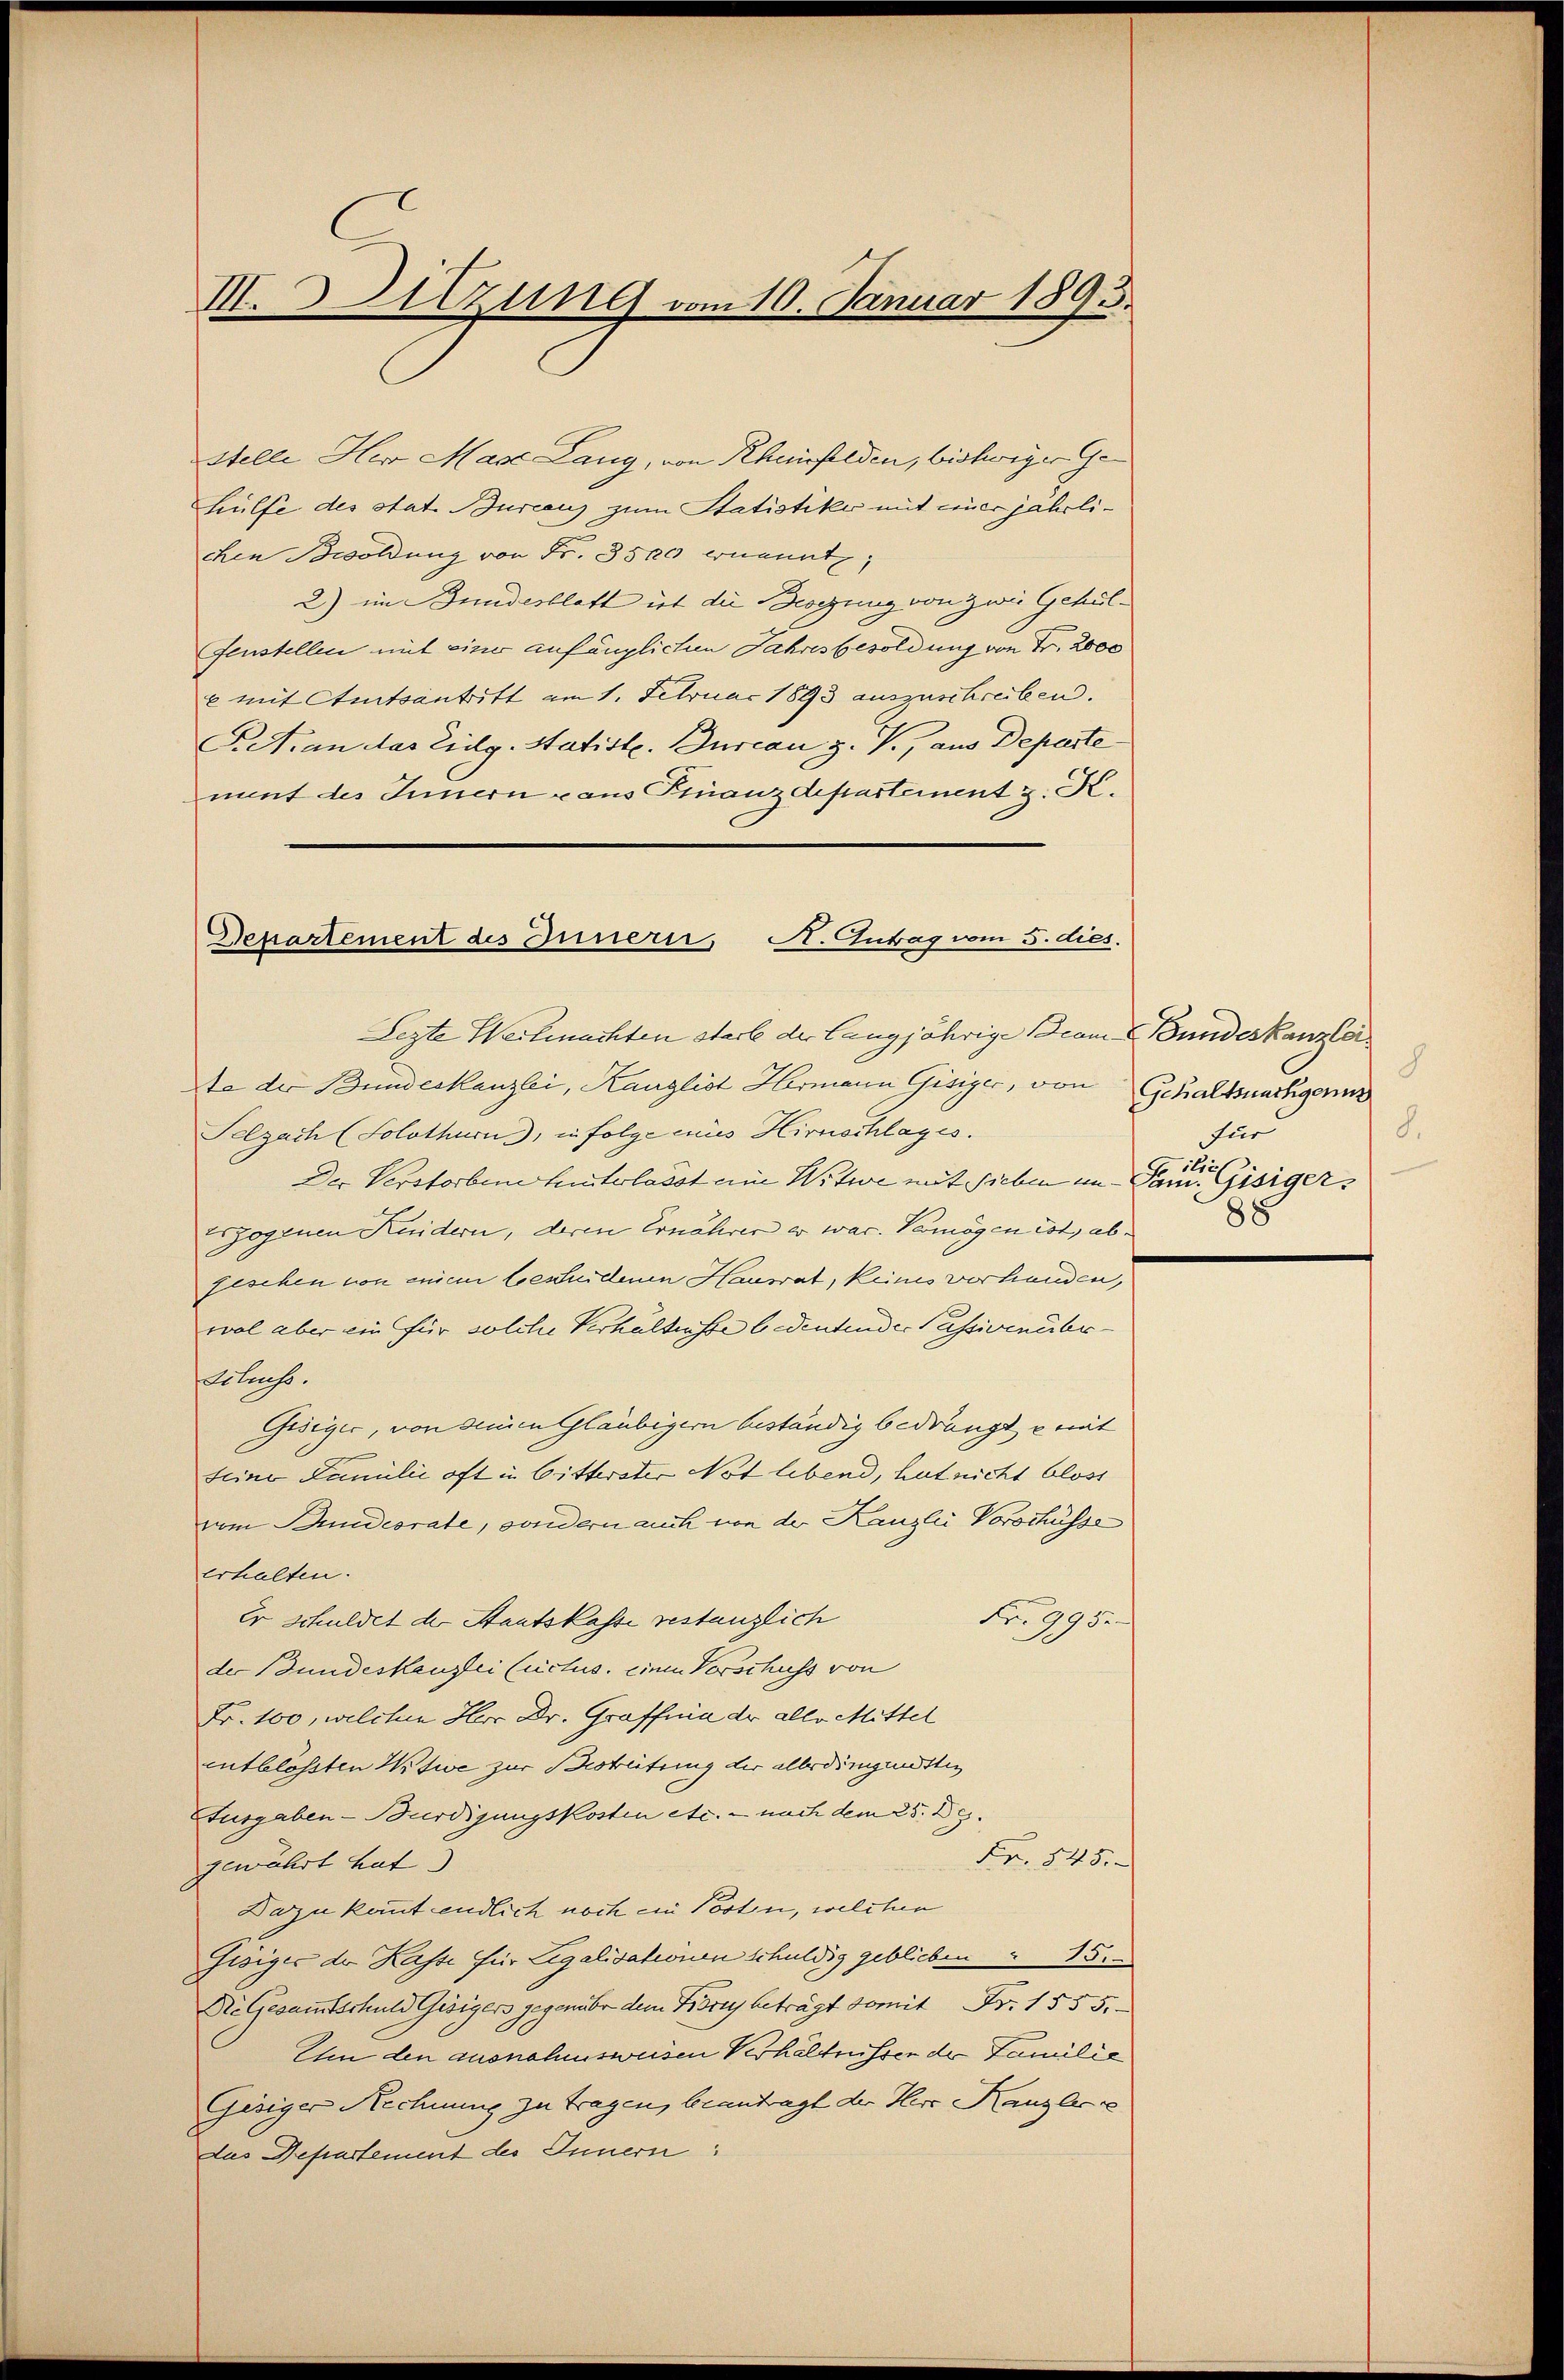
III. Sitzung vom 10. Januar 1893.

stelle Herr Mase Lang, von Rheinfelden, bisheriger Gehülfe des Stat. Bureaus zum Statistike mit einer jährlichen Besoldung von Fr. 3500 ernennt,
2) im Bundesblatt ist die Biegung von zwei Gehülfenstellen mit einer anfänglichen Jahresbesoldung von Fr. 2000
c mit Staatsantritt am 1. Februar 1893 auszuschreiben.
P.Man das Eidg. Statiste. Durcan z. V., aus Deposte
ment des Innern aus Finanzdepartement z. K.
Lezte Weitmachten starb der langjährige come Bundeskanzleite der Bundeskanzlei, Kanzlist Hermann Gisiger, von Gehaltswuthigern
Selzach (Solothurn, in folge eius Hirnschlages.
Der Verstorbene hinterlasst eine Witwe mit Sieben im Jan. Gisiger¬
Erzogenen Kundern, deren Ernähren er war. Vermögen ist, abfeschen von einem bestridenen Hausrat, keines vorhanden,
wal aber ein für solche Verhältnisse bedeutender Passivenüberdcluess.
Gediger, von deinen Gläubigern beständig bedrängte mit
seine Familie oft in Gitterster Not lebend, hat nicht bloss
vom Bundesrate, sondern auch von der Kanzlei Vorschüsse
erhalten.
Er schuldet der Staatskasse gestanzlich
Fr. 995.
der Bundeskanzlei (uctus einen Vorschuss von
Fr. 100, welchen Herr Dr. Graffnia der alle Mittel
entblössten Witwe zur Bestreitung der allerdingunstig
Ausgaben-Bürdigungskosten etc. - nach dem 25. Dec.
Fr. 845.
gewährt hat.
Dazu kannt endlich noch ein Posten, welchen
Gisiger der Kasse für Legalisationen schuldig geblieben " 15
Die Gesamtschuld Gesigers gegenüber dem Korey beträgt somit Fr. 1555.
Um den ausnahmsweisen Verhältnissen der Familie
Gesiger Rechnung zu tragen, beantragt der Herr Kanzle
dus Departement des Innern:

Departement des Innern, A. Antrag vom 5. dies.

8
8.
für
ilich
88